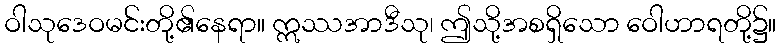
ဝါသုဒေဝမင်းတို့၏နေရာ။ ဣဿအာဒီသု၊ ဤသို့အစရှိသော ဝေါဟာရတို့၌။